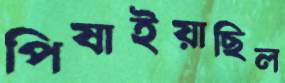
পিষাইয়াছিল